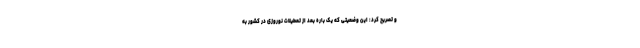
و تصریح کرد: این وضعیتی که یک باره بعد از تعطیلات نوروزی در کشور به